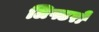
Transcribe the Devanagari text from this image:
लिफ्टरों